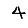
Digit: 4